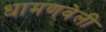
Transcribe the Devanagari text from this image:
धामणवेली